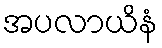
အပလာယိနံ